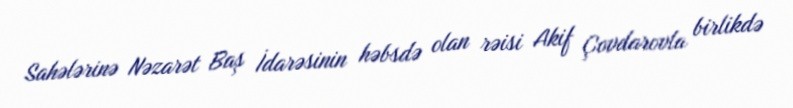
Sahələrinə Nəzarət Baş İdarəsinin həbsdə olan rəisi Akif Çovdarovla birlikdə